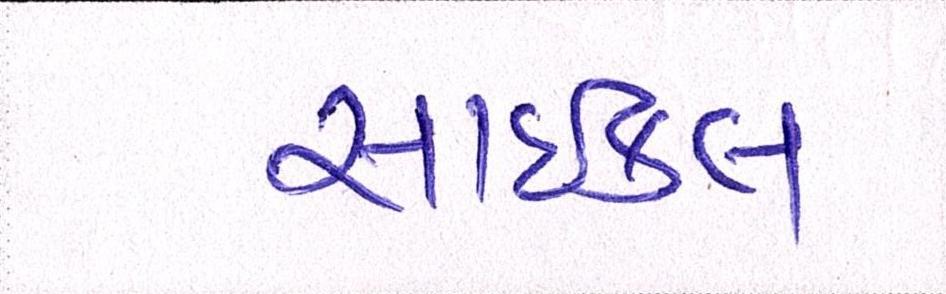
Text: સાઇકલ